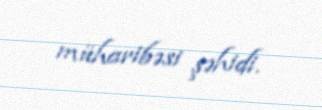
müharibəsi şəhidi.